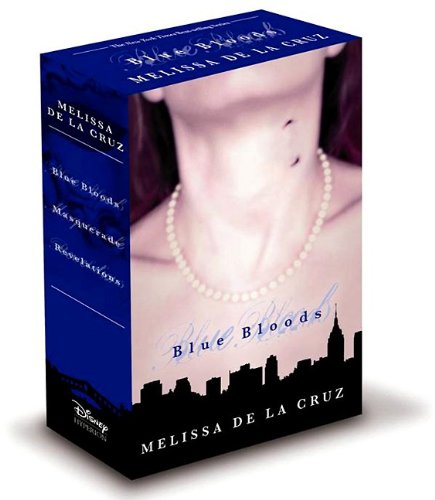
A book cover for Blue Bloods 3-Book Boxed Set; Melissa de la Cruz; Teen & Young Adult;